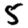
Digit: 5